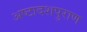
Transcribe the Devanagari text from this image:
अष्टादशपुराण